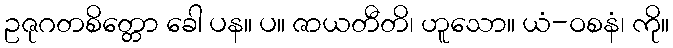
ဥဇုဂတစိတ္တော ခေါ ပန။ ပ။ ဇာယတီတိ၊ ဟူသော။ ယံ-ဝစနံ၊ ကို။